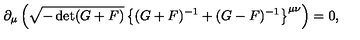
\partial _ { \mu } \left( \sqrt { - \det ( G + F ) } \left\{ ( G + F ) ^ { - 1 } + ( G - F ) ^ { - 1 } \right\} ^ { \mu \nu } \right) = 0 ,